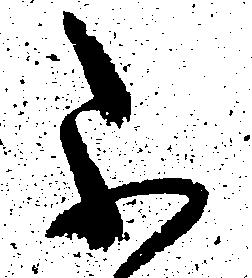
不